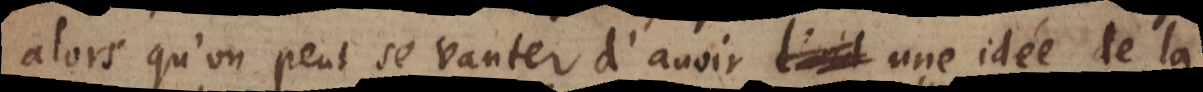
alors qu’on peut se vanter d’avoir l’id une idée de la